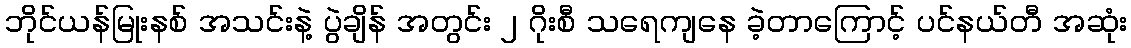
ဘိုင်ယန်မြုးနစ် အသင်းနဲ့ ပွဲချိန် အတွင်း ၂ ဂိုးစီ သရေကျနေ ခဲ့တာကြောင့် ပင်နယ်တီ အဆုံး